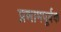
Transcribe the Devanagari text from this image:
प्रणामपूर्वक